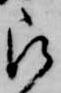
被